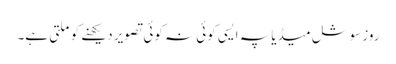
روز سوشل میڈیا پہ ایسی کوئی نہ کوئی تصویر دیکھنے کو ملتی ہے۔